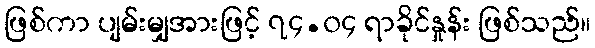
ဖြစ်ကာ ပျမ်းမျှအားဖြင့် ၇၄.၀၄ ရာခိုင်နှုန်း ဖြစ်သည်။